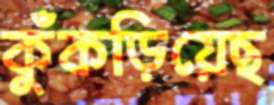
কুঁকড়িয়েছ